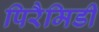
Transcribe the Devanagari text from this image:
पिरैमिडी